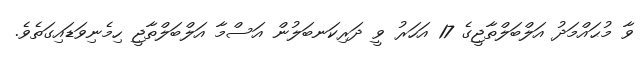
ވާ މުޙައްމަދު އަލްބަލްތާޖީގެ 17 އަހަރު ވީ ދަރިކަނބަލުން އަސްމާ އަލްބަލްތާޖީ ހިމެނިވަޑައިގަތެވެ.